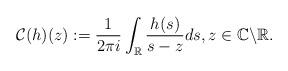
LaTeX: \begin{align*}\mathcal{C}(h)(z):=\frac{1}{2\pi i} \int_{\mathbb{R}} \frac{h(s)}{s-z} d s, z \in \mathbb{C} \backslash \mathbb{R}.\end{align*}